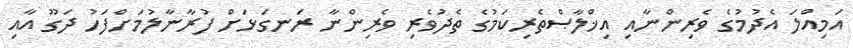
އަމިއްލަ އެދުމުގެ ވެރިންނާއި އިޚްލާޞްތެރިކަމުގެ ތެދުވެރި ވެރިންނާ ރަނގަޅަށް ފުރާނާލުމަށްފަހު ދަގޫ އާއި